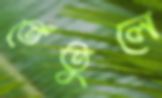
তেঁতুলে